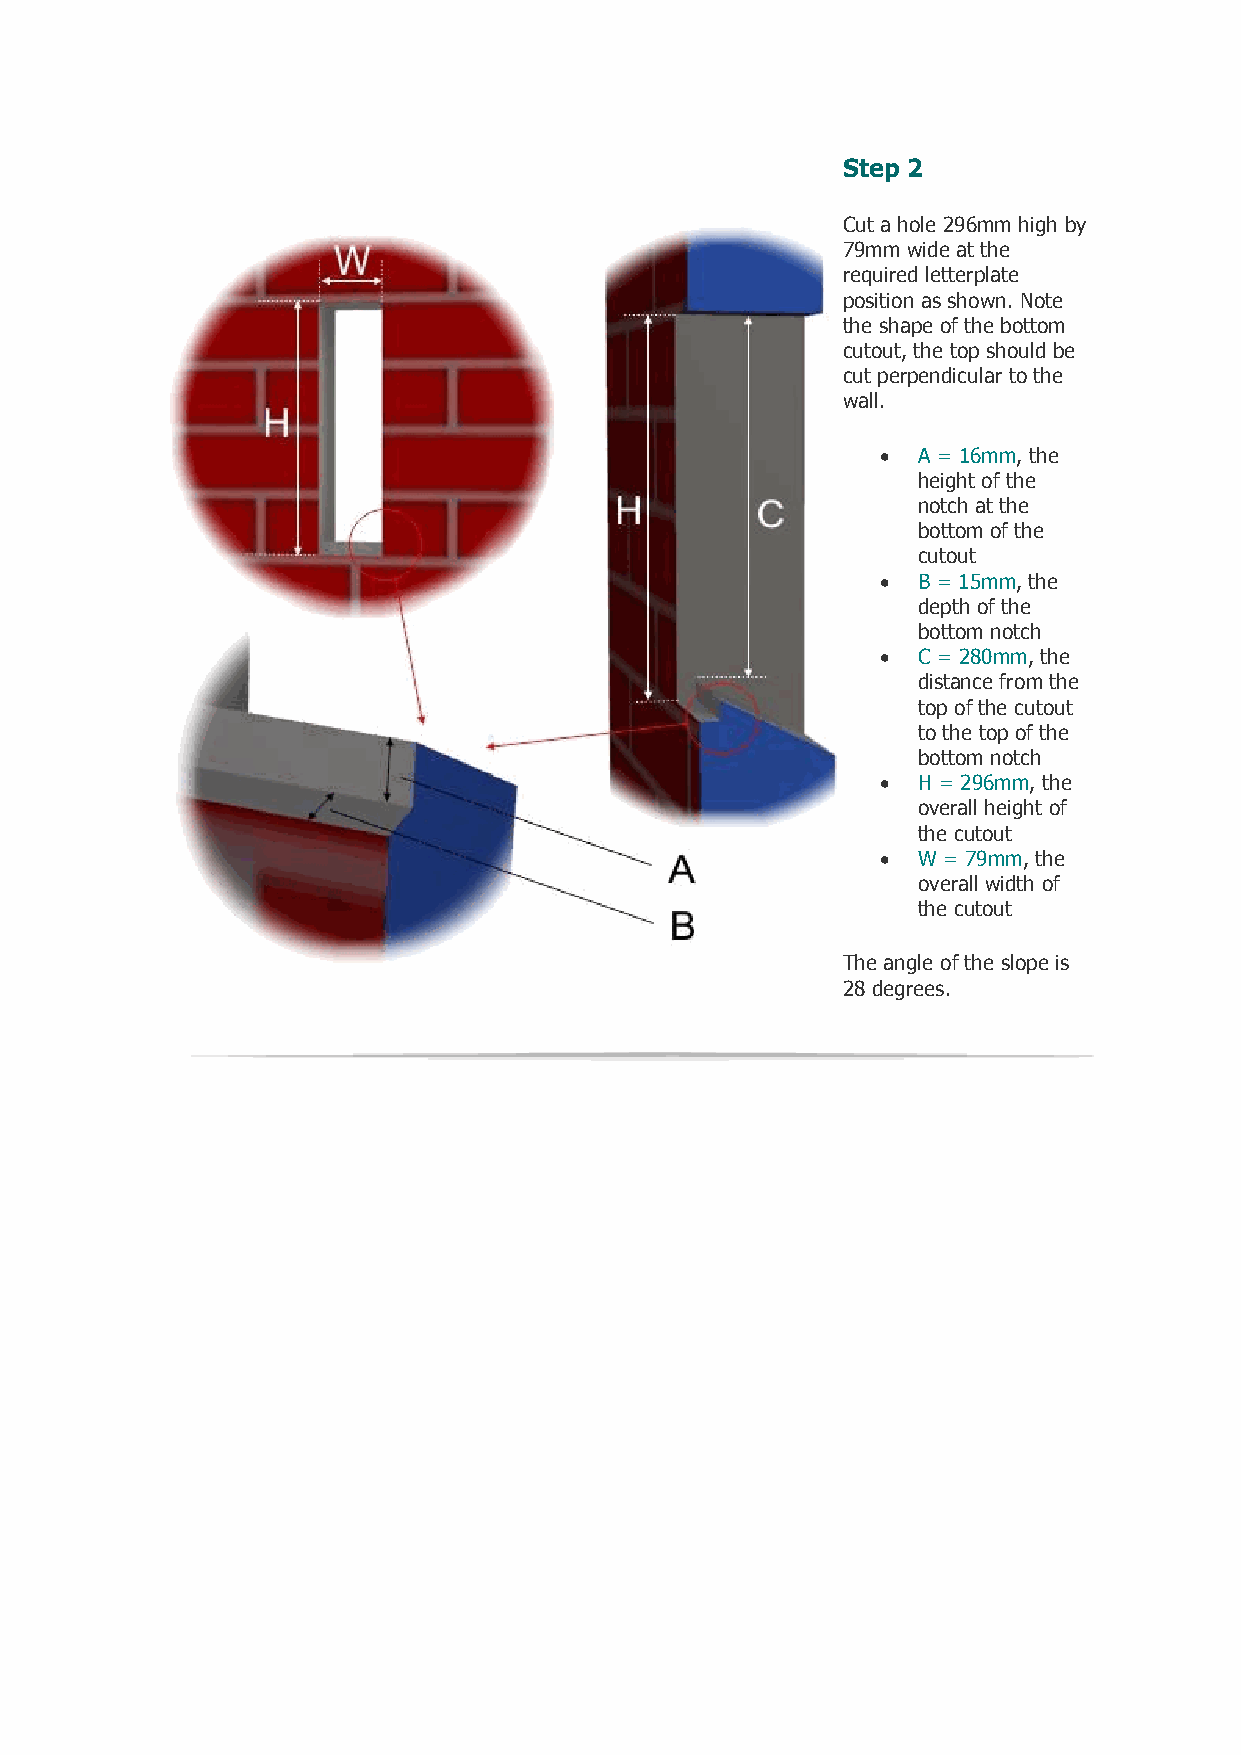
Step 2
 Cut a hole 296mm high by
 79mm wide at the
 required letterplate
 position as shown. Note
 the shape of the bottom
 cutout, the top should be
 cut perpendicular to the
 wall.
   A = 16mm, the
 height of the
 notch at the
 bottom of the
 cutout
   B = 15mm, the
 depth of the
 bottom notch
   C = 280mm, the
 distance from the
 top of the cutout
 to the top of the
 bottom notch
   H = 296mm, the
 overall height of
 the cutout
   W = 79mm, the
 overall width of
 the cutout
 The angle of the slope is
 28 degrees.